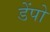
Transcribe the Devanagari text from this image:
डेंपो